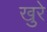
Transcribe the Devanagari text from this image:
खुरे